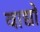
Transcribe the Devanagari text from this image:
वाद्यो